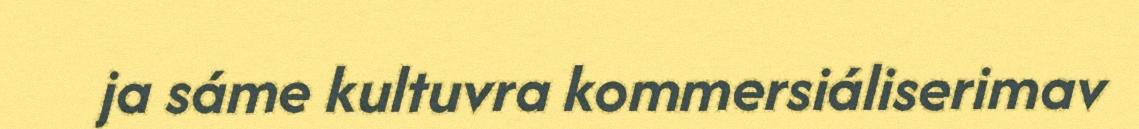
ja sáme kultuvra kommersiáliserimav